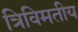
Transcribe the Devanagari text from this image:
त्रिविमतीय